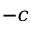
- c